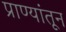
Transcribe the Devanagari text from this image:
प्राण्यांतून